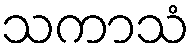
သကာသံ